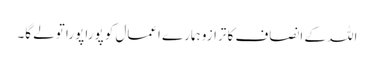
اللہ کے انصاف کا ترازو ہمارے اعمال کو پورا پورا تولے گا۔